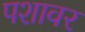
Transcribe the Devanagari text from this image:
पशावर